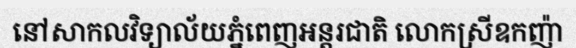
នៅសាកលវិទ្យាល័យភ្នំពេញអន្តរជាតិ លោកស្រីឧកញ៉ា